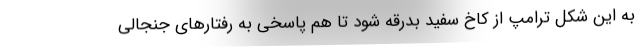
به این شکل ترامپ از کاخ سفید بدرقه شود تا هم پاسخی به رفتارهای جنجالی